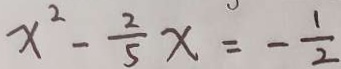
x ^ { 2 } - \frac { 2 } { 5 } x = - \frac { 1 } { 2 }